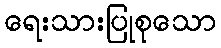
ရေးသားပြုစုသော